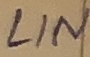
Text: LIN